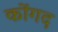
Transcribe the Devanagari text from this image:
कोंगद